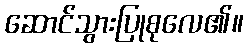
ဆောင်သွားပြုစုလေ၏။